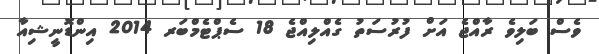
ވެސް ބަލިވެ ރާއްޖެ އަށް ފުރުސަތު ގެއްލިއްޖެ 18 ސެޕްޓެމްބަރ 2014 އިންޑޮނީޝިއާ